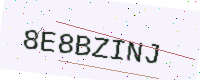
Text: 8E8BZINJ